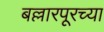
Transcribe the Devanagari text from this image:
बल्लारपूरच्या